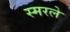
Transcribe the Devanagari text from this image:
स्मरले